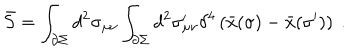
\bar { S } = \int _ { \partial \Sigma } d ^ { 2 } \sigma _ { \mu \nu } \int _ { \partial \Sigma } d ^ { 2 } \sigma _ { \mu \nu } ^ { \prime } \delta ^ { 4 } \left( \bar { x } ( \sigma ) - \bar { x } ( \sigma ^ { \prime } ) \right) \ .